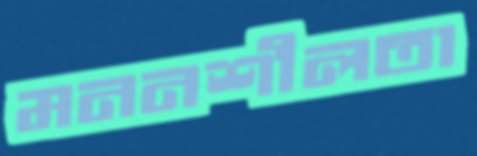
মননশীলতা